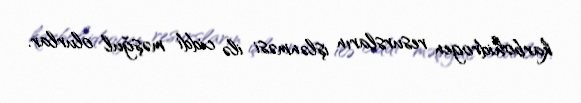
karbohidrogen resursların işlənməsi ilə ciddi məşğul olurlar.